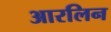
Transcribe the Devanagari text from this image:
आरलिन